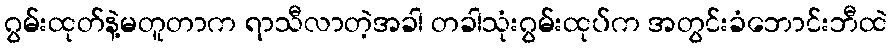
ဂွမ်းထုတ်နဲ့မတူတာက ရာသီလာတဲ့အခါ တခါသုံးဂွမ်းထုပ်က အတွင်းခံဘောင်းဘီထဲ